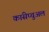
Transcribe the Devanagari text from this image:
कांसेप्चुअल